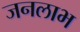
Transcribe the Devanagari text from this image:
जनलाभ